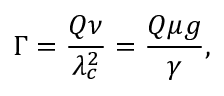
\Gamma = \frac { Q \nu } { \lambda _ { c } ^ { 2 } } = \frac { Q \mu g } { \gamma } ,